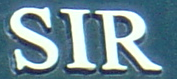
SIR